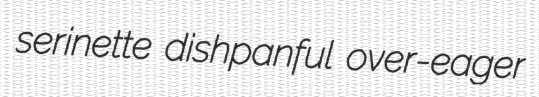
serinette dishpanful over-eager